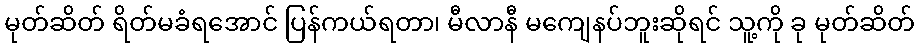
မုတ်ဆိတ် ရိတ်မခံရအောင် ပြန်ကယ်ရတာ၊ မီလာနီ မကျေနပ်ဘူးဆိုရင် သူ့ကို ခု မုတ်ဆိတ်